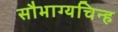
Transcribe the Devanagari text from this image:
सौभाग्यचिन्ह